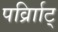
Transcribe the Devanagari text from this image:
पर्व्राािट्